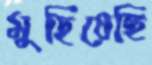
মুছিয়েছি